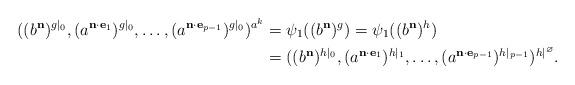
LaTeX: \begin{align*}((b^{\mathbf{n}})^{g|_0}, (a^{\mathbf n \cdot \mathbf{e}_{{1}}})^{g|_0}, \dots, (a^{\mathbf n \cdot \mathbf{e}_{{p-1}}})^{g|_0})^{a^k} &= \psi_1((b^{\mathbf{n}})^g) = \psi_1((b^{\mathbf{n}})^h)\\&= ((b^{\mathbf n})^{h|_0}, (a^{\mathbf n \cdot \mathbf{e}_{{1}}})^{h|_1}, \dots, (a^{\mathbf n \cdot \mathbf{e}_{{p-1}}})^{h|_{p-1}})^{h|^\varnothing}.\end{align*}